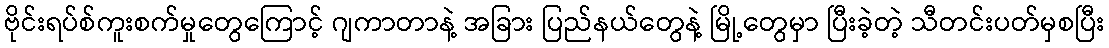
ဗိုင်းရပ်စ်ကူးစက်မှုတွေကြောင့် ဂျကာတာနဲ့ အခြား ပြည်နယ်တွေနဲ့ မြို့တွေမှာ ပြီးခဲ့တဲ့ သီတင်းပတ်မှစပြီး